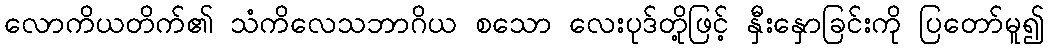
လောကိယတိက်၏ သံကိလေသဘာဂိယ စသော လေးပုဒ်တို့ဖြင့် နှီးနှောခြင်းကို ပြတော်မူ၍